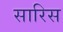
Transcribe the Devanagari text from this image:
सारिस